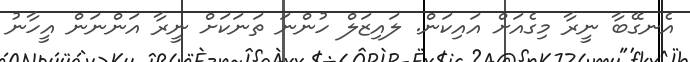
އެނގޭބާ ނީރާ މިގެއަށް އައިކަން. ލައިޒަލް ހުންނަ ތަނަކަށް ނީރާ އަންނަން އީހާނު